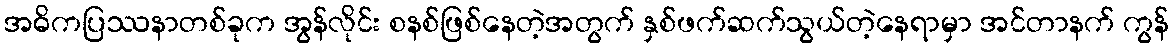
အဓိကပြဿနာတစ်ခုက အွန်လိုင်း စနစ်ဖြစ်နေတဲ့အတွက် နှစ်ဖက်ဆက်သွယ်တဲ့နေရာမှာ အင်တာနက် ကွန်